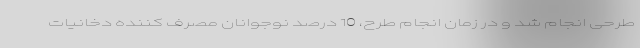
طرحی انجام شد و در زمان انجام طرح، 10 درصد نوجوانان مصرف کننده دخانیات